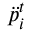
\boldsymbol { \ddot { p } } _ { i } ^ { t }